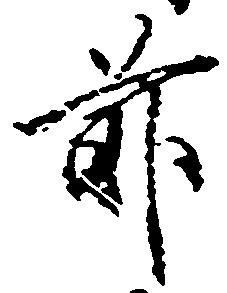
前